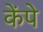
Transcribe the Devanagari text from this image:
केंपे